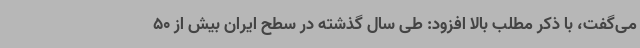
می‌گفت، با ذکر مطلب بالا افزود: طی سال گذشته در سطح ایران بیش از 50